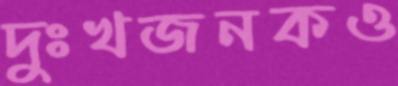
দুঃখজনকও